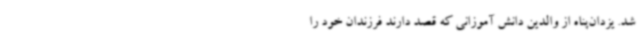
شد. یزدان‌پناه از والدین دانش آموزانی که قصد دارند فرزندان خود را